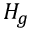
H _ { g }